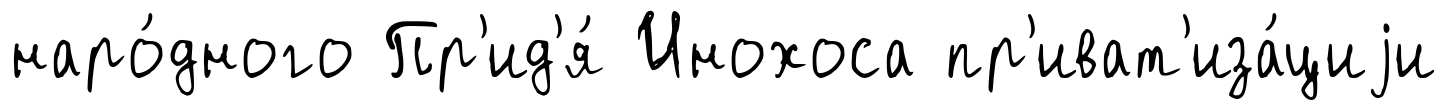
наро́дного Пр'ид'я́ Инохоса пр'иват'иза́циjи